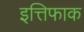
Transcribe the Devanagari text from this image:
इत्तिफाक